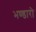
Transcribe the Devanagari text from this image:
भण्डारो